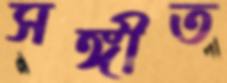
সঙ্গীত